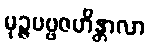
မုဉ္ဇပဗ္ဗဇဟိန္တာလာ